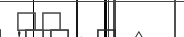
١٨